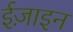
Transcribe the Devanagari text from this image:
ईज़ाइन